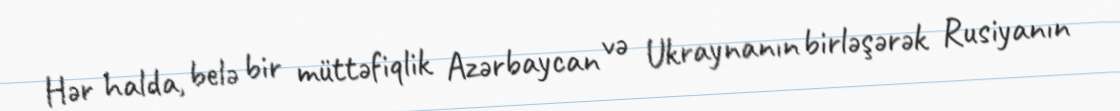
Hər halda, belə bir müttəfiqlik Azərbaycan və Ukraynanın birləşərək Rusiyanın